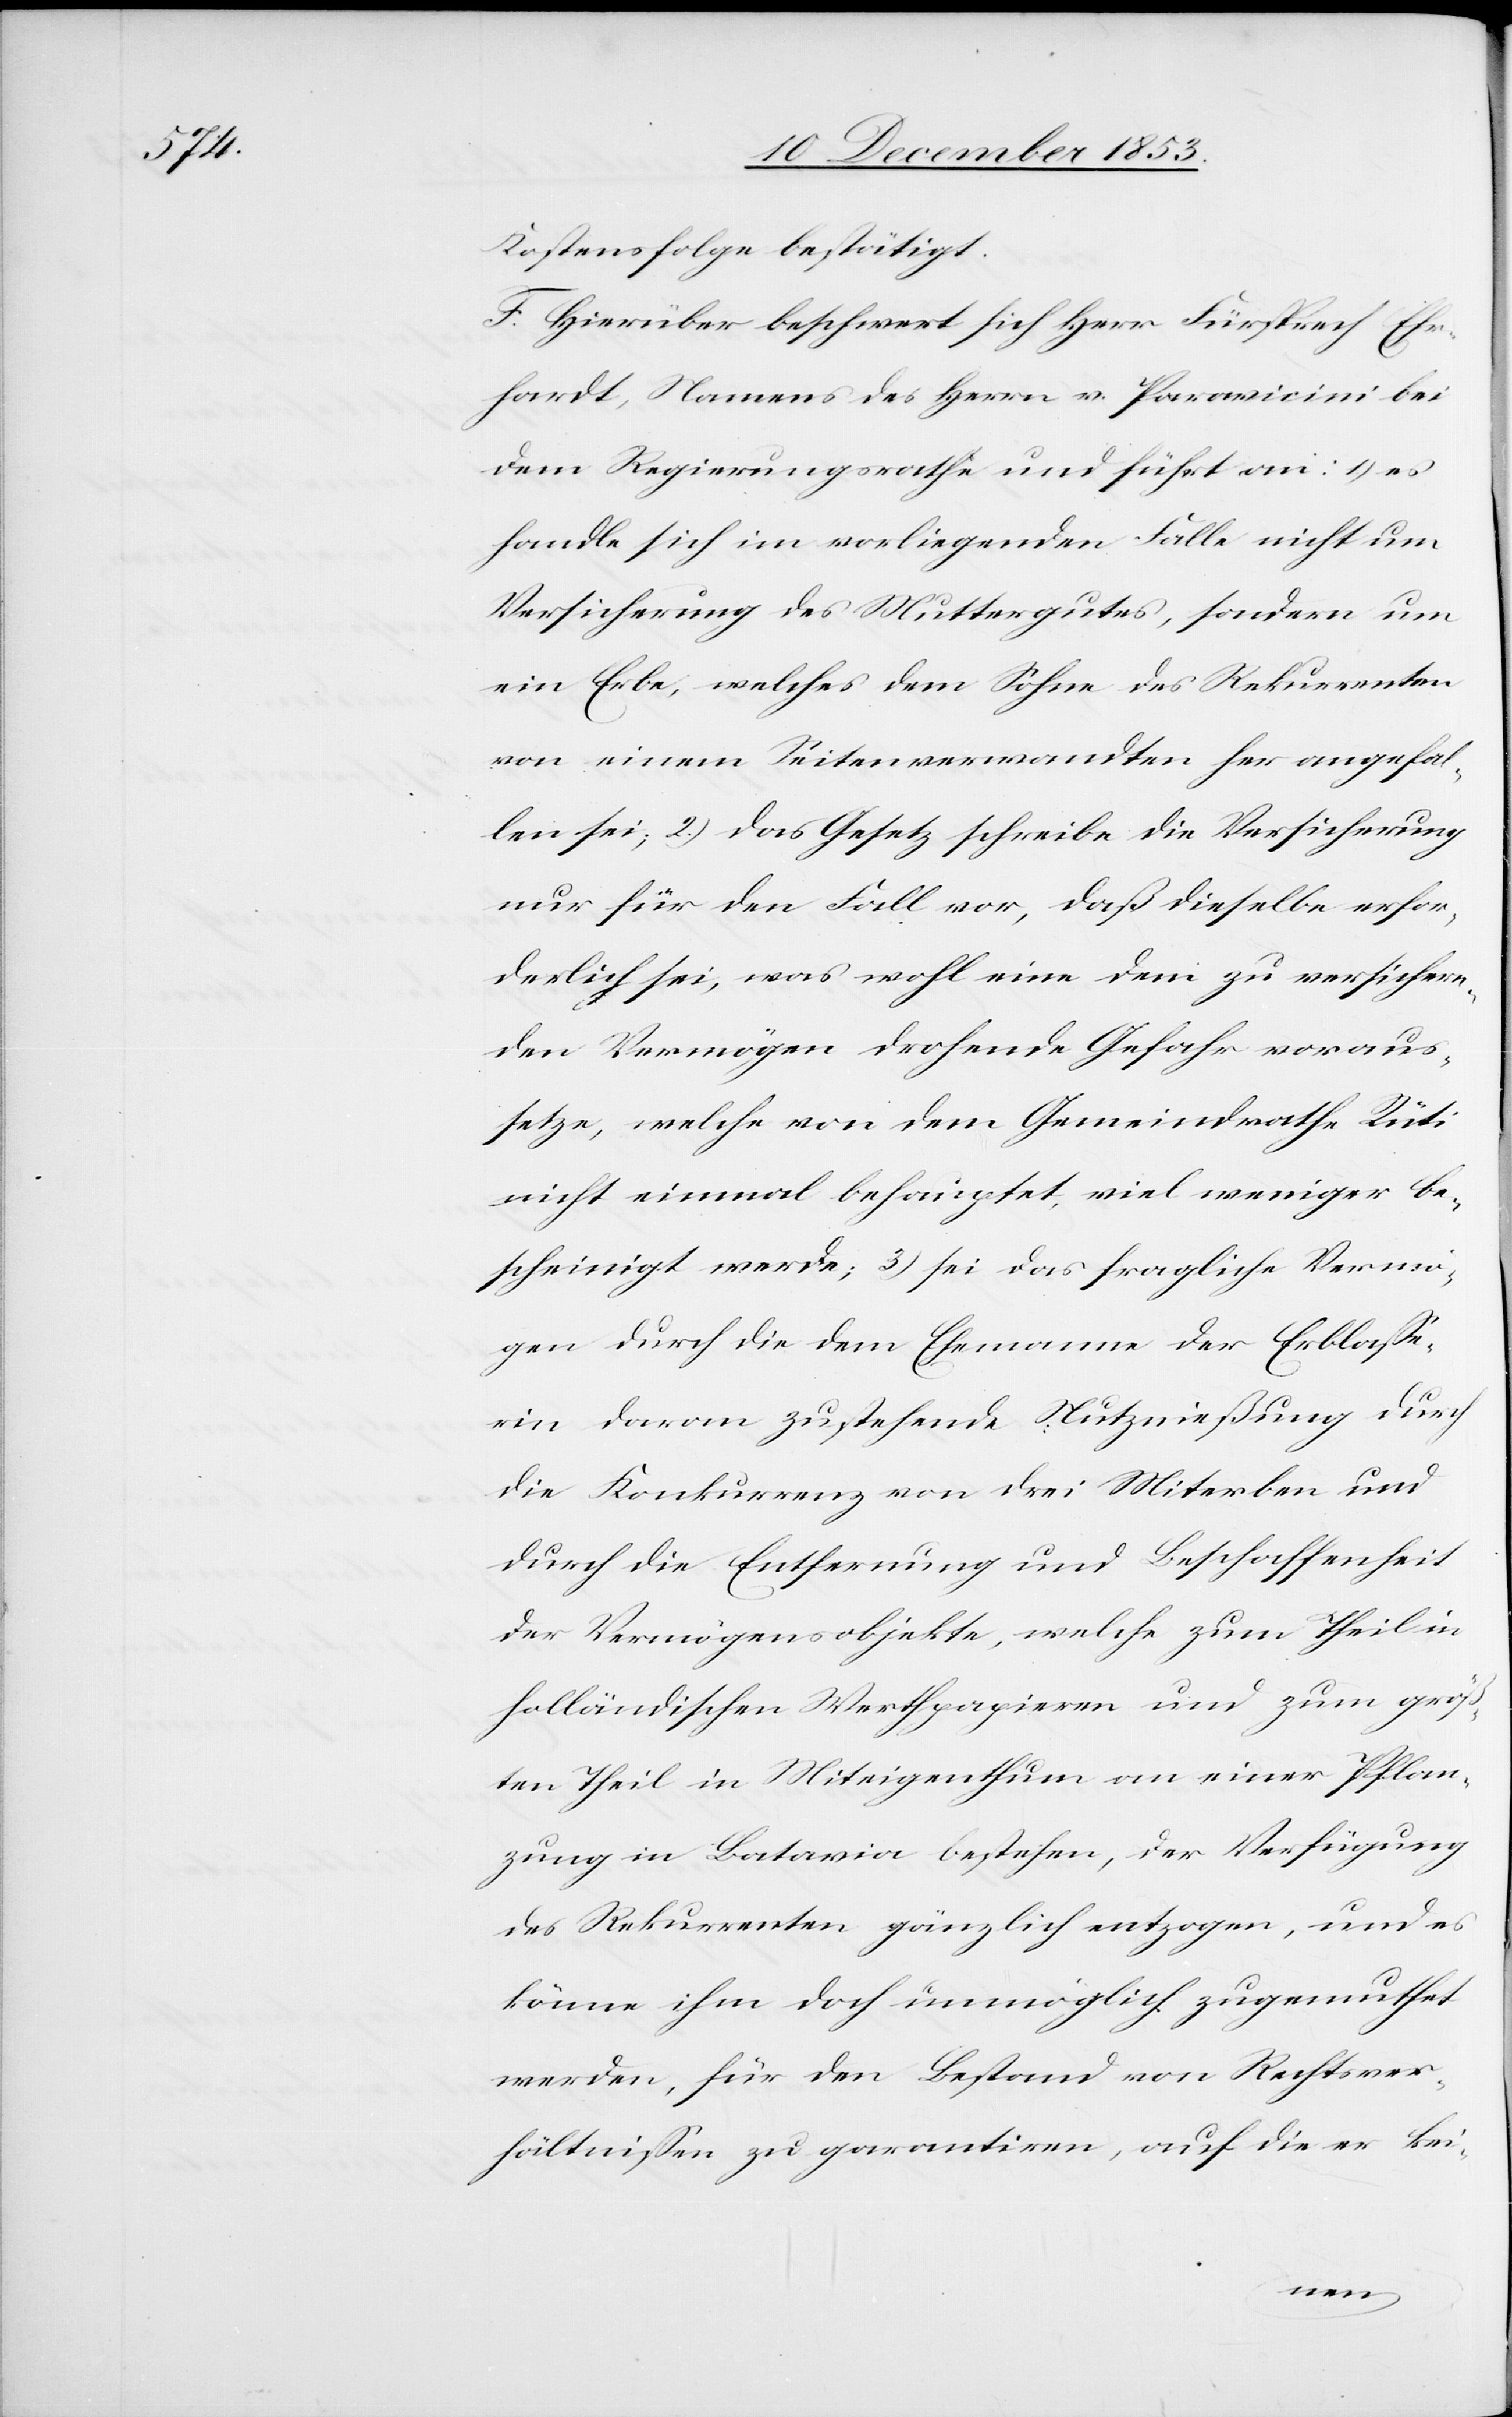
Kostensfolge bestätigt.
F. Hierüber beschwert sich Herr Fürsprech Ehr¬
hardt, Namens des Herrn v. Paravicini bei
dem Regierungsrathe und führt an: 1) es
handle sich im vorliegenden Falle nicht um
Versicherung des Muttergutes, sondern um
ein Erbe, welches dem Sohne des Rekurrenten
von einem Seitenverwandten her angefal¬
len sei, 2) das Gesetz schreibe die Versicherung
nur für den Fall vor, daß dieselbe erfor¬
derlich sei, was wohl eine dem zu versichern¬
den Vermögen drohende Gefahr voraus¬
setze, welche von dem Gemeindrathe Rüti
nicht einmal behauptet, viel weniger be¬
scheinigt werde; 3) sei das fragliche Vermö¬
gen durch die dem Ehemann der Erblaße¬
rin davon zustehende Nutznießung durch
die Konkurrenz von drei Miterben und
durch die Entfernung und Beschaffenheit
der Vermögensobjekte, welche zum Theil in
holländischen Wertpapieren und zum größ¬
ten Theil in Miteigenthum an einer Pflan¬
zung in Batavia bestehen, der Verfügung
des Rekurrenten, gänzlich entzogen, und es
könne ihm doch unmöglich zugemuthet
werden, für den Bestand von Rechtsver¬
hältnißen zu garantiren, auf die er kei-